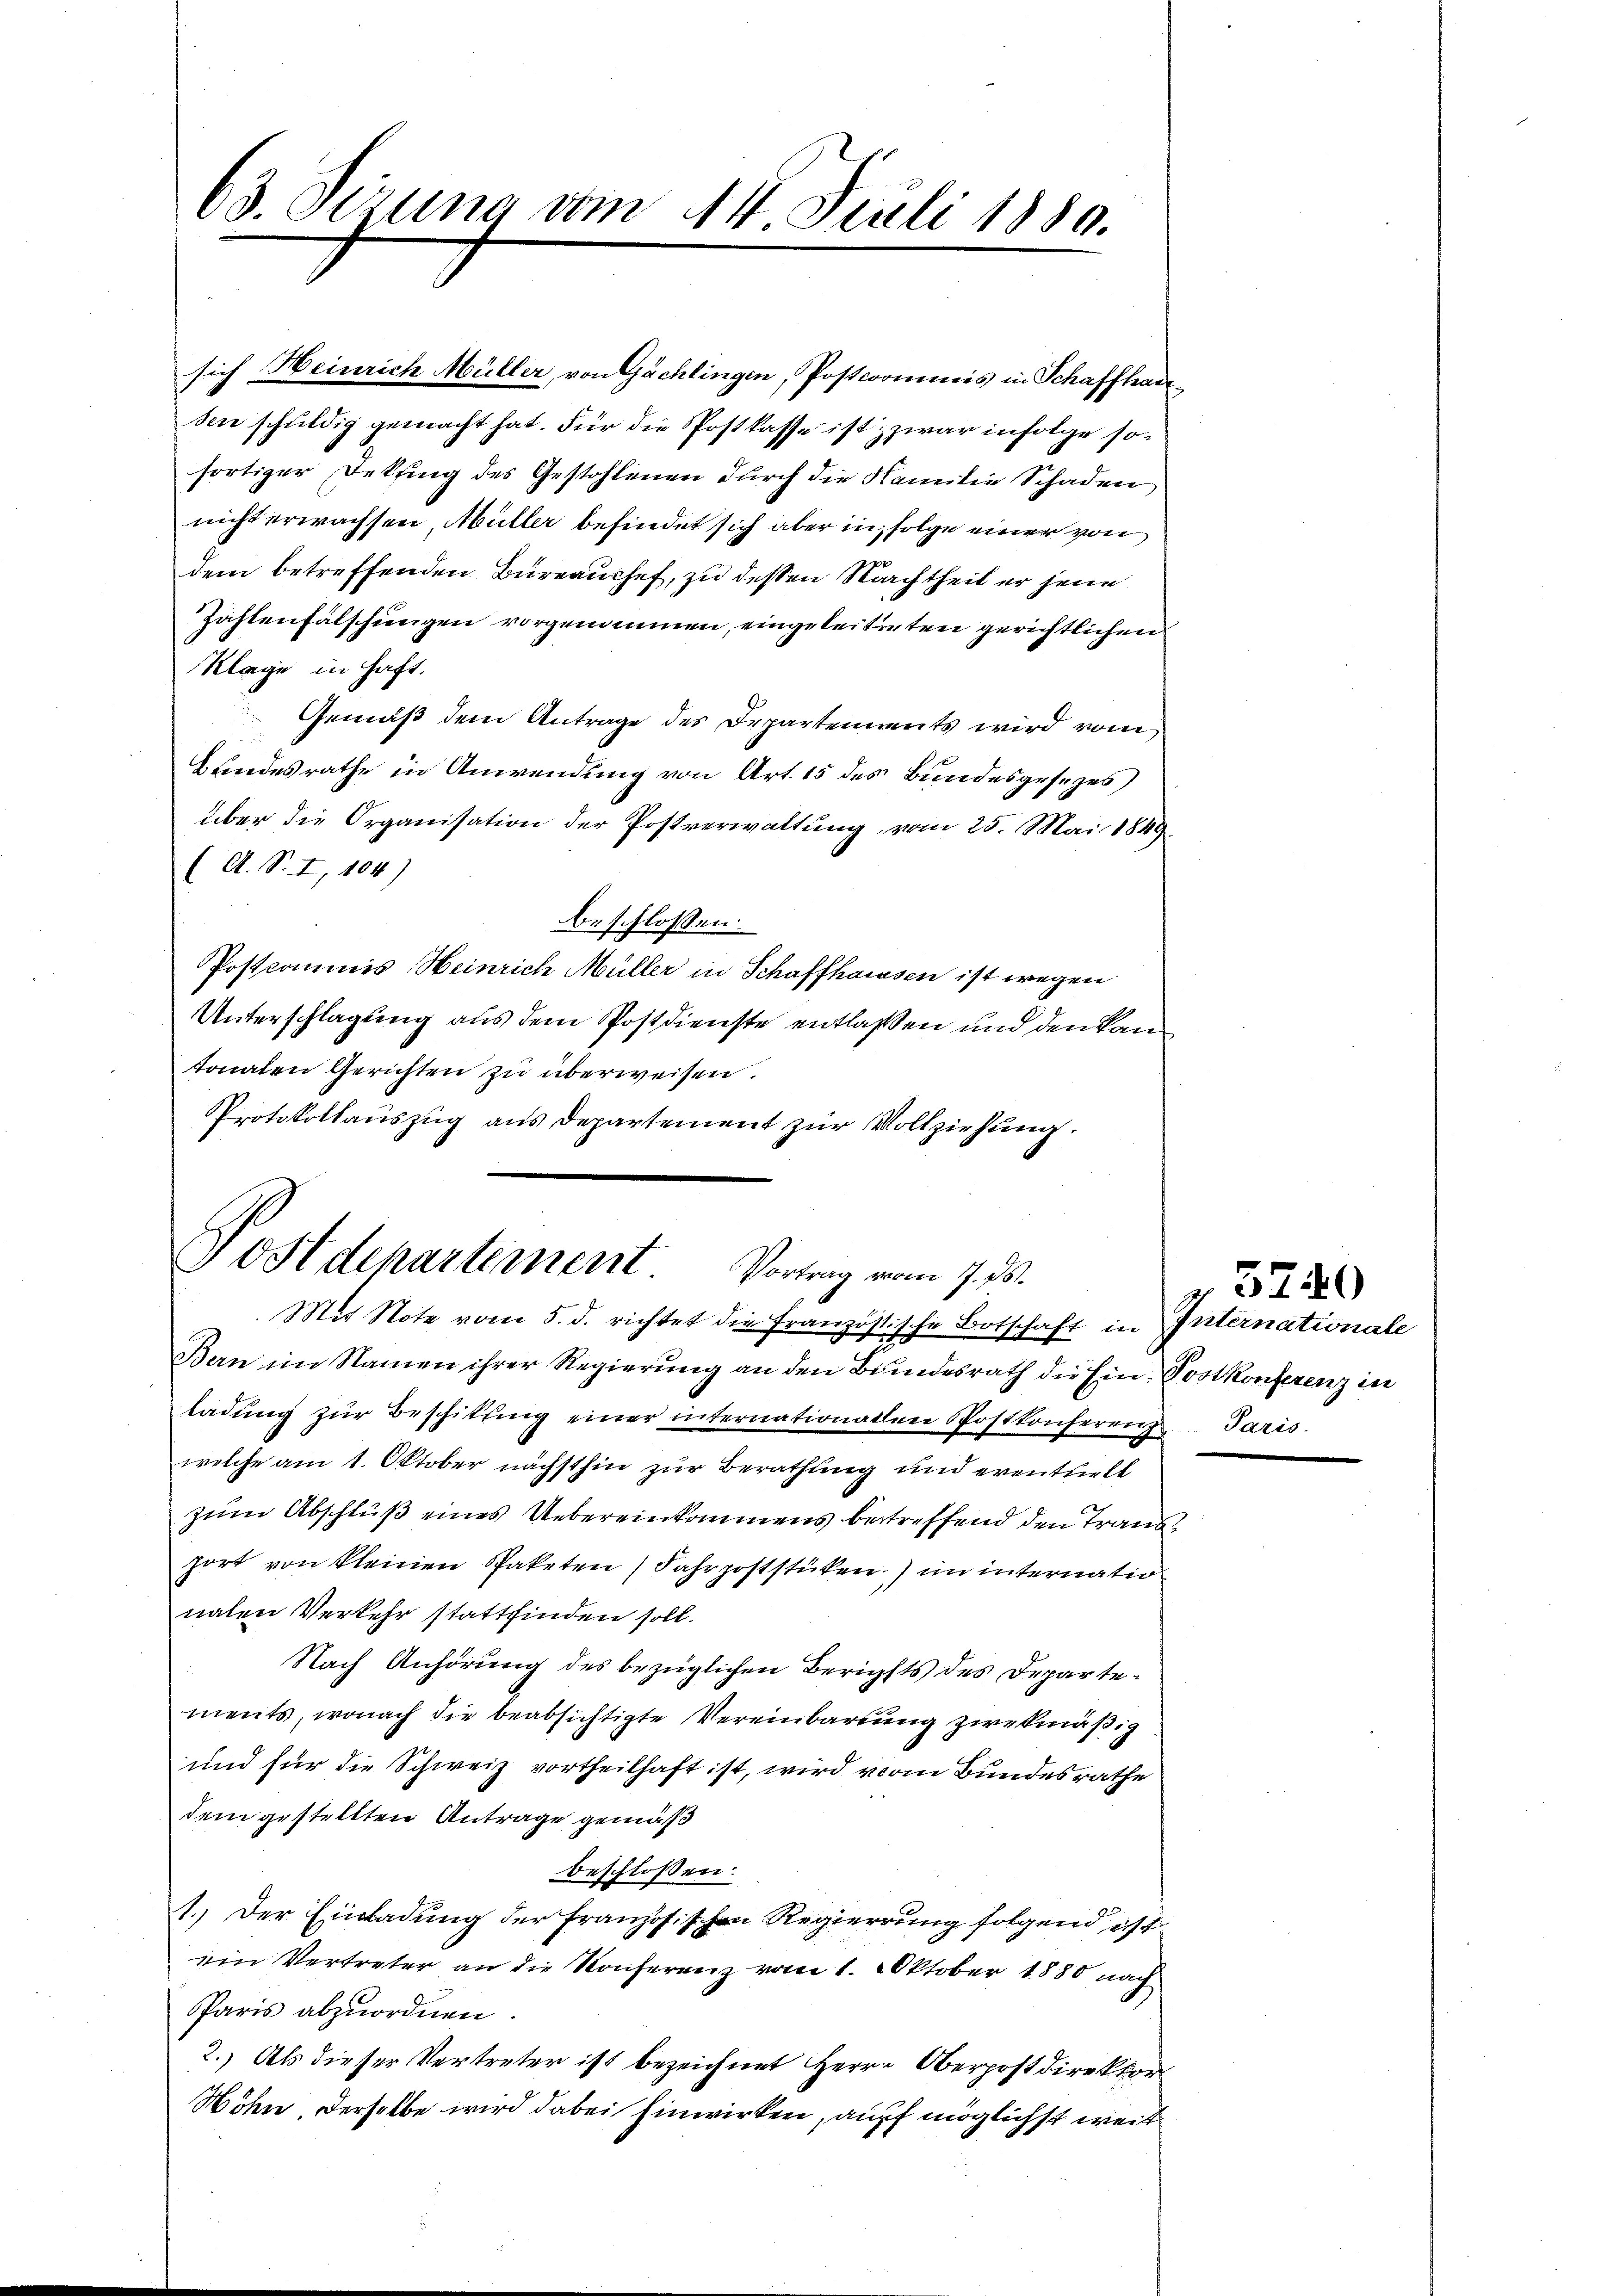
63. Jezung vom 14. Juli 1880.

sich Heinrich Müller, von Gächlingen, Postcommis in Schaffhausen schuldig gemacht hat. Für die Postkasse ist zwar infolge sofortiger Dekling des Gestohlenen durch die Familie Schaden
nicht erwachsen, Müller befindet sich aber in Folge einer von
dem betreffenden Bureauchef, zu dessen Nachtheil er jene
Zahlenfalschungen vorgenommen, eingeleitigten gerichtlichen
Klage in haft.
Gemäß dem Antrage des Departements wird vom
Bundesrathe in Anwendung von Art. 15 des Bundesgesezes
über die Organisation der Postverwaltung vom 25. Mai 1849.
(A. S. I, 104)
beschlossen:
Postkommis Heinrich Müller in Schaffhaussen ist wegen
Unterschlagung aus dem Postdienste entlassen und den Kantonaten Gerichten zu überweisen.
Protokollauszug aus Departement zur Vollziehung.

Postdepartement Vortrag vom 9. ds.
Mit Note vom 5. d. richtet die französische Botschaft in Internationale

Bern im Namen ihrer Regierung an den Bundesrath die Ein Postkonferenz in
ladŭng zŭr Beschitŭng einer internationallen Postkonferenz Paris.
welche am 1. Oktober nächsthin zur Berathung und eventuell
zum Abschluß eines Uebereinkommens betreffend den Transport von kleinen Spaketen Fahrpoststücken) im internatio
nalen Verkehr stattfinden soll.
Nach Anhörung des bezüglichen Berichts des Departements, wonach die beabsichtigte Vereinbarung zwekmäßig
und für die Schweiz vortheilhaft ist, wird vom Bundesrathe
dem gestellten Antrage gemäß
beschloßen:
1. Der Einladung der Französischen Regierung folgend ist
ein Vertreter an die Konferenz vom 1. Oktober 1888 nach
Paris abzuordnen.
2.) Als dieser Vertreter ist bezeichnet Herrn Oberpostdirektor
Wöhre, derselbe wird dabei Einwirken, auf möglichst weit

5740